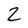
Character: 2